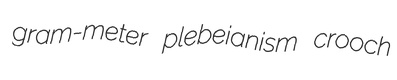
gram-meter plebeianism crooch